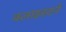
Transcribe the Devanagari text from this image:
क्लाइस्टने